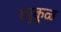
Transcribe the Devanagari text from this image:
रघुकुळ